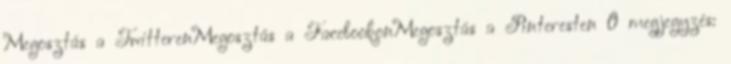
Megosztás a TwitterenMegosztás a FacebookonMegosztás a Pinteresten 0 megjegyzés: